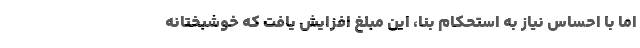
اما با احساس نیاز به استحکام بنا، این مبلغ افزایش یافت که خوشبختانه